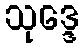
သုဒ္ဒေ